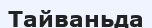
Тайваньда